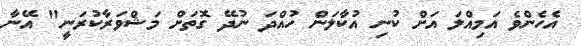
އެހެންވެ އަމިއްލަ އަށް ކުނި އުކާލަން ހުއްދަ ނުދޭ ގޮތަށް މަޝްވަރާކުރަނީ" އޭނާ